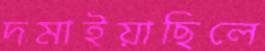
দমাইয়াছিলে